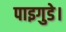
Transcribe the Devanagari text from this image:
पाइगुडे।